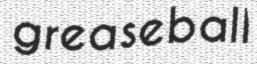
greaseball